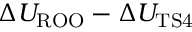
\Delta U _ { \mathrm { R O O } } - \Delta U _ { \mathrm { T S 4 } }